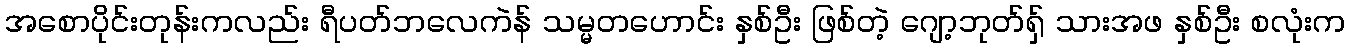
အစောပိုင်းတုန်းကလည်း ရီပတ်ဘလေကဲန် သမ္မတဟောင်း နှစ်ဦး ဖြစ်တဲ့ ဂျော့ဘုတ်ရှ် သားအဖ နှစ်ဦး စလုံးက